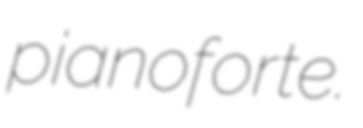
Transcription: pianoforte.